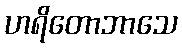
ဟရိတောဘာသေ